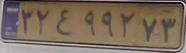
۳۲ع۹۹۲۷۳